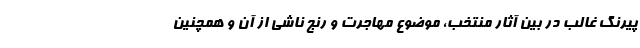
پیرنگ غالب در بین آثار منتخب، موضوع مهاجرت و رنج ناشی از آن و همچنین